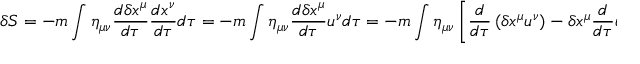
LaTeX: \delta S = - m \int \eta _ { \mu \nu } { \frac { d \delta x ^ { \mu } } { d \tau } } { \frac { d x ^ { \nu } } { d \tau } } d \tau = - m \int \eta _ { \mu \nu } { \frac { d \delta x ^ { \mu } } { d \tau } } u ^ { \nu } d \tau = - m \int \eta _ { \mu \nu } \left\lbrack { \frac { d } { d \tau } } \left( \delta x ^ { \mu } u ^ { \nu } \right) - \delta x ^ { \mu } { \frac { d } { d \tau } } u ^ { \nu } \right\rbrack d \tau